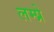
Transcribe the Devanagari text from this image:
लम्प्रे